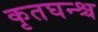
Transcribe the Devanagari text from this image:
कृतघन्श्च